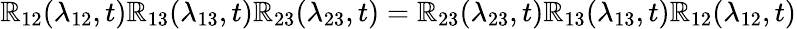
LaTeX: \mathbb{R}_{12}(\lambda_{12},t)\mathbb{R}_{13}(\lambda_{13},t)\mathbb{R}_{23}(\lambda_{23},t)=\mathbb{R}_{23}(\lambda_{23},t)\mathbb{R}_{13}(\lambda_{13},t)\mathbb{R}_{12}(\lambda_{12},t)